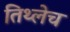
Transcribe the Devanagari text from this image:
तिथ्लेच